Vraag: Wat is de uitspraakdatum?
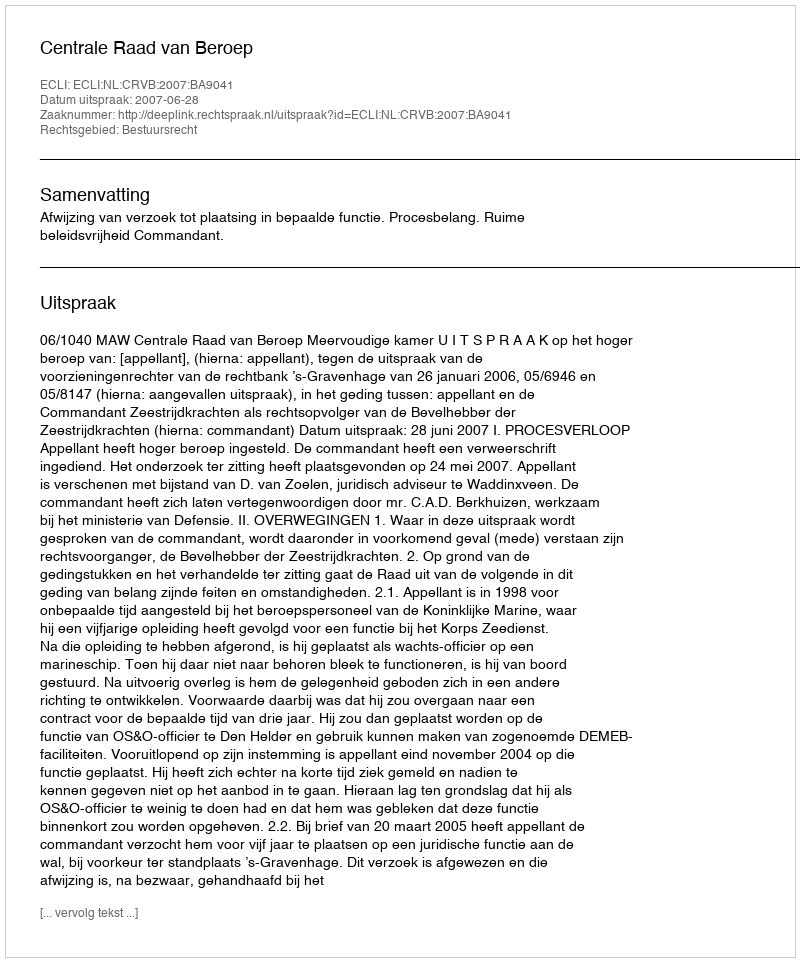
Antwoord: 2007-06-28